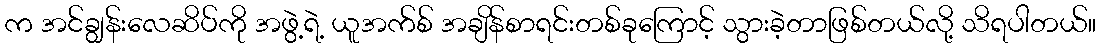
က အင်ချွန်းလေဆိပ်ကို အဖွဲ့ရဲ့ ယူအက်စ် အချိန်စာရင်းတစ်ခုကြောင့် သွားခဲ့တာဖြစ်တယ်လို့ သိရပါတယ်။